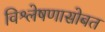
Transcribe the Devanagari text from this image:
विश्लेषणासोबत